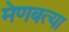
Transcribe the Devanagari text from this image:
मेणबत्या